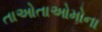
તાઓતાઓમોના